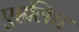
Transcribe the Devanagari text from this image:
एह्रलिच